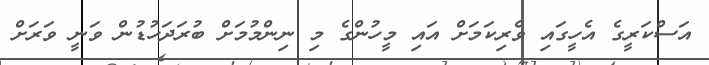
އަސްކަރީގެ އެހީގައި ވެރިކަމަށް އައި މީހުންގެ މި ނިންމުމަށް ބުރަދަހުޑުން ވަނީ ވަރަށް